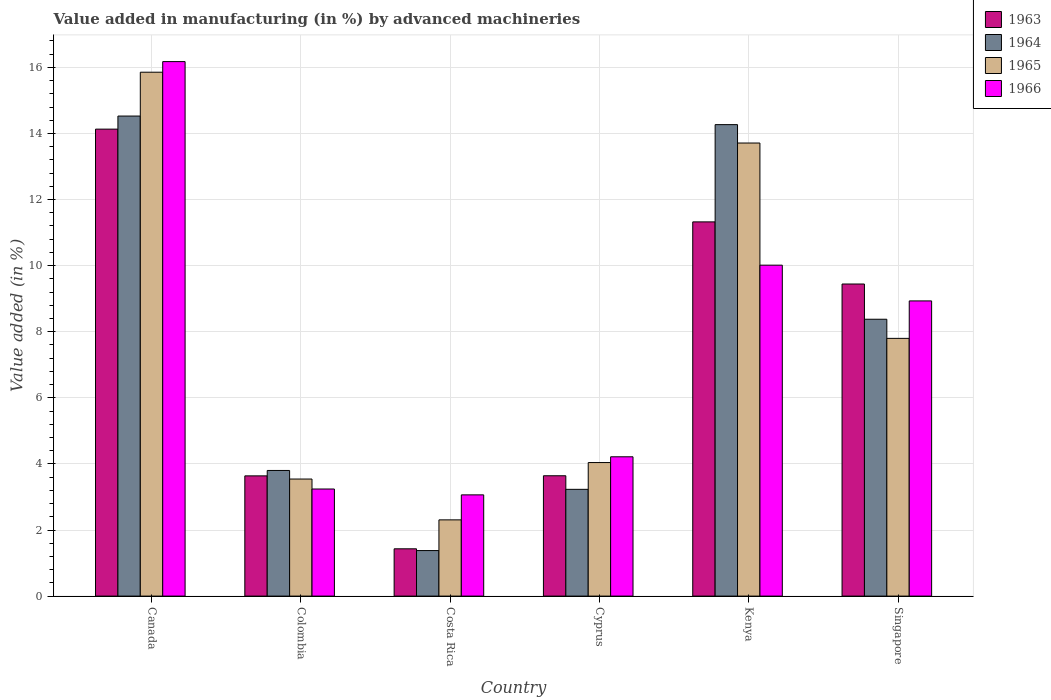
| Country | 1963 | 1964 | 1965 | 1966 |
 | --- | --- | --- | --- | --- |
 | Canada | 14.1 | 14.5 | 15.9 | 16.2 |
 | Colombia | 3.64 | 3.8 | 3.54 | 3.24 |
 | Costa Rica | 1.43 | 1.38 | 2.31 | 3.06 |
 | Cyprus | 3.64 | 3.23 | 4.04 | 4.22 |
 | Kenya | 11.3 | 14.3 | 13.7 | 10 |
 | Singapore | 9.44 | 8.38 | 7.8 | 8.93 |